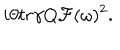
i \theta t r \gamma Q { \cal F } ( \omega ) ^ { 2 } .